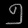
Digit: ၅